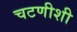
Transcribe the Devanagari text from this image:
चटणीशी